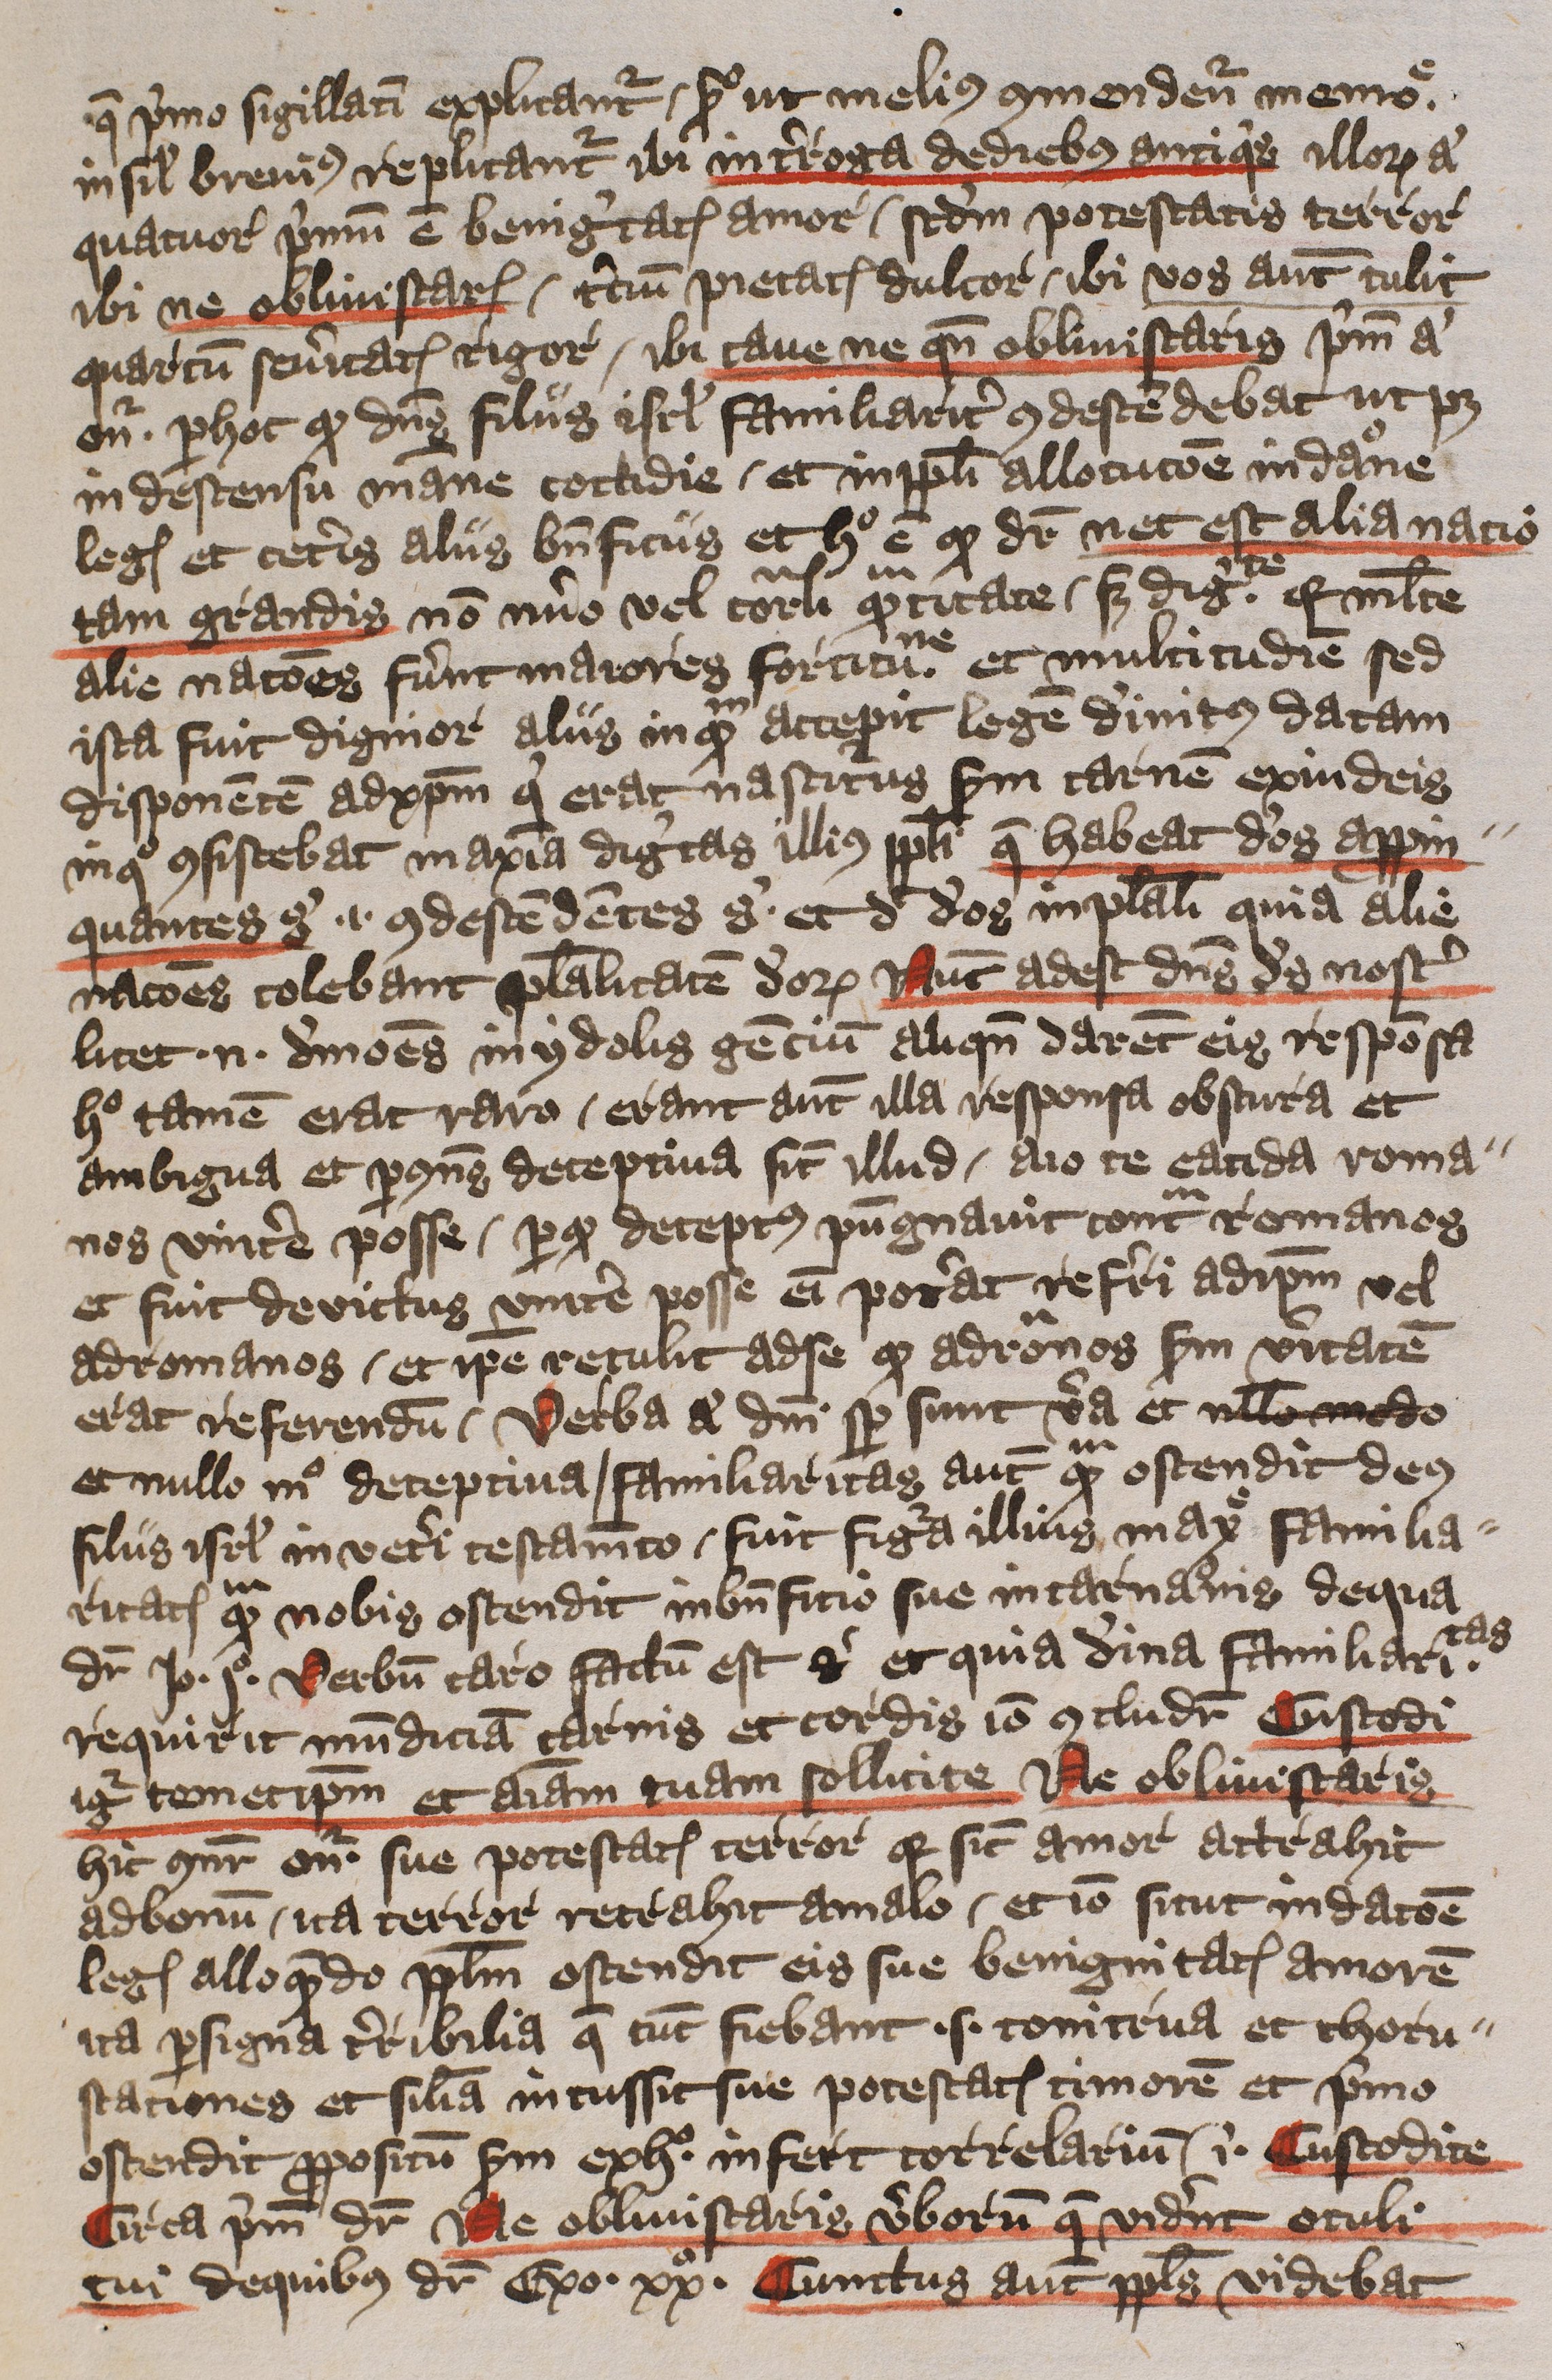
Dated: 1397–1397